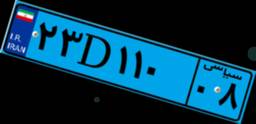
۰۱D۴۱۰۱۳